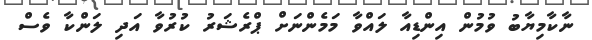
ނާކާމިޔާބު ވުމުން އިންޑިއާ ލައްވާ މަމެންނަށް ޕްރެޝަރު ކުރުވާ އަދި ލަންކާ ވެސް